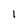
Character: 1